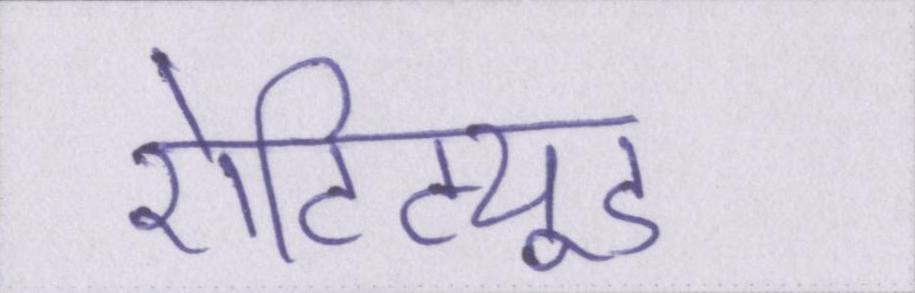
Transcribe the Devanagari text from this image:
ऐटिट्यूड